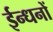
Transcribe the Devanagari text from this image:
ईन्धनों